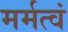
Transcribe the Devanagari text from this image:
मर्मत्वं